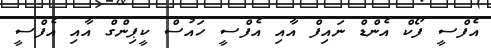
އެފްސީ ފޯކް އެންޑް ނައިފް އާއި އެފްސީ ހައުސް ކީޕިންގް އާއި އެފްސީ